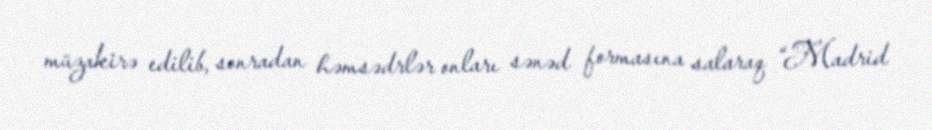
müzakirə edilib, sonradan həmsədrlər onları sənəd formasına salaraq “Madrid